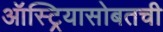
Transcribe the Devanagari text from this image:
ऑस्ट्रियासोबतची